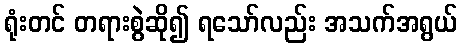
ရုံးတင် တရားစွဲဆို၍ ရသော်လည်း အသက်အရွယ်